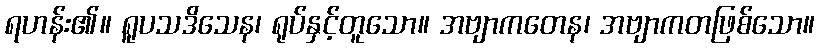
ရဟန်း၏။ ရူပသဒိသေန၊ ရုပ်နှင့်တူသော။ အဗျာကတေန၊ အဗျာကတဖြစ်သော။